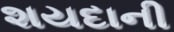
શયદાની